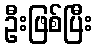
ဦးဖြစ်ပြီး